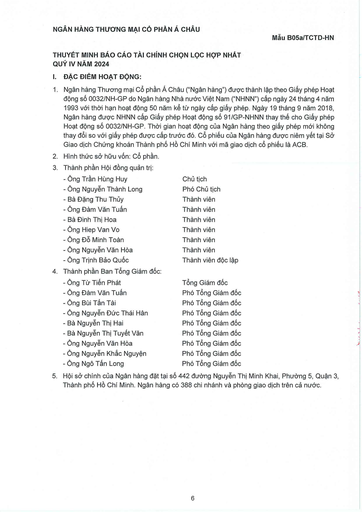
|- Ông Trần Hùng Huy|Chủ tịch| |---|---| |- Ông Nguyễn Thành Long|Phó Chủ tịch| |- Bà Đặng Thu Thúy|Thành viên| |- Ông Đàm Văn Tuấn|Thành viên| |- Bà Đinh Thị Hoa|Thành viên| |- Ông Hiệp Văn Võ|Thành viên| |- Ông Đỗ Minh Toàn|Thành viên| |- Ông Nguyễn Văn Hoa|Thành viên| |Ông Trịnh Bảo Quốc|Thành viên độc lập| ||- Ông Từ Tiến Phát|Tổng Giám đốc| |---|---|---| ||- Ông Đàm Văn Tuấn|Phó Tổng Giám đốc| ||- Ông Bùi Tấn Tài|Phó Tổng Giám đốc| ||- Ông Nguyễn Đức Thái Hân|Phó Tổng Giám đốc| ||- Bà Nguyễn Thị Hải|Phó Tổng Giám đốc| ||- Bà Nguyễn Thị Tuyết Vân|Phó Tổng Giám đốc| ||- Ông Nguyễn Văn Hoa|Phó Tổng Giám đốc| ||- Ông Nguyễn Khắc Nguyên|Phó Tổng Giám đốc| ||- Ông Ngô Tấn Long|Phó Tổng Giám đốc|